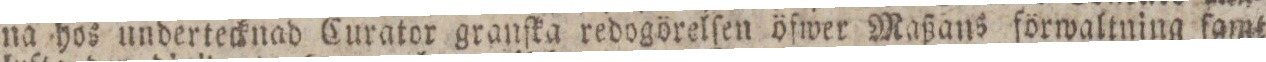
na hos undertecknad Curator granſka redogörelſen öfwer Maßans förwaltning famt